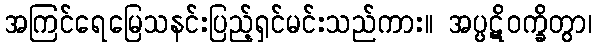
အကြင်ရေမြေသနင်းပြည့်ရှင်မင်းသည်ကား။ အပ္ပဋိဝက္ခိတွာ၊